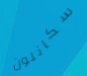
سكانلون